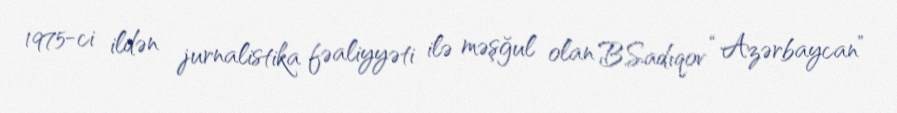
1975-ci ildən jurnalistika fəaliyyəti ilə məşğul olan B.Sadıqov “Azərbaycan”